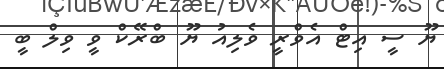
ޔޫ ސީ އިޓް އެވްރީ ވެލިއު ޔޫ ބްރޭކް ވީ ވިލް ބީ